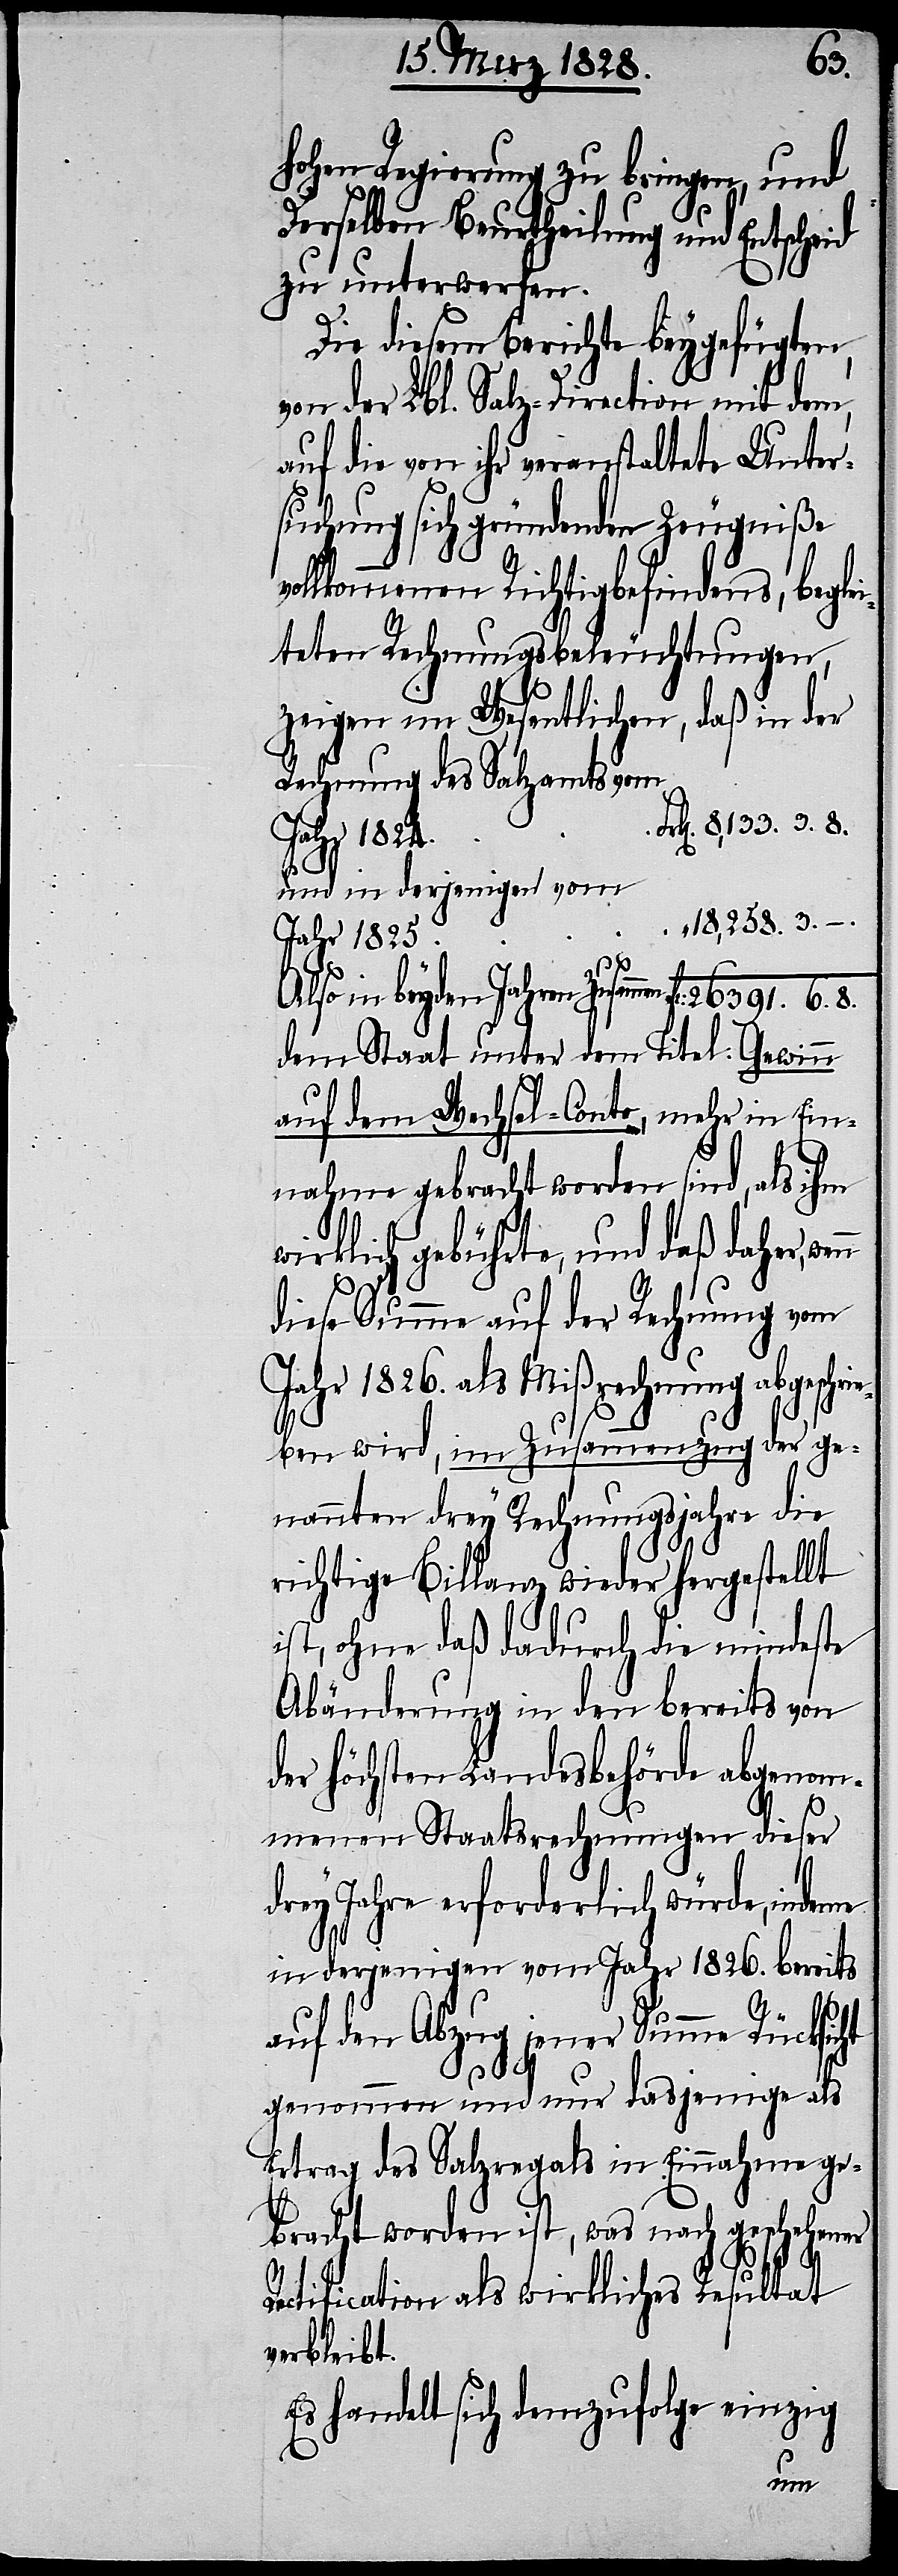
6.
hohen Regierung zu bringen, und
Derselben Beurtheilung und Entscheid
zu unterwerfen.
Die diesem Berichte beygefügten,
von der Lbl. Salz-Direction mit dem,
auf die von ihr veranstaltete Unter¬
suchung sich gründenden Zeugniße
kommenen Richtigbefindens, beglei¬
teten Rechnungsbeleuchtungen,
zeigen im Wesentlichen, daß in der
Jahr 1824
und in derjenigen vom
18,258. 3.–.
Jahr 1825
8.
Also in beyden Jahren Zusammen
dem Staat unter dem Titel: Gewinn
auf dem Wechsel-Conto, mehr in Ein¬
nahme gebracht worden sind, als ihm
wirklich gebührte, und daß daher,
391.
diese Summe auf der Rechnung vom
Jahr 1826. als Mißrechnung abgesch¬
rieben wird, im Zusammenzug der ge¬
nannten drey Rechnungsjahre die
richtige Billanz wieder hergestellt
ist, ohne daß dadurch die mindeste
Abänderung in den bereits von
der höchsten Landesbehörde abgenom¬
menen Staatsrechnungen dieser
drey Jahre erforderlich würde, indeme
in derjenigen vom Jahr 1826. bereits
auf den Abzug jener Summe Rücksicht
8,133.
genommen und nur dasjenige als
Ertrag des Salzregals in Einnahme ge¬
bracht worden ist, was nach geschehener
Ratification als wirkliches Resultat
verbleibt.
Es handelt sich demzufolge einzig
wenn